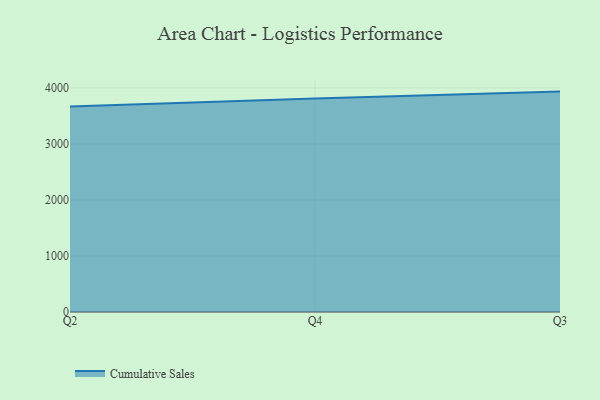
{"axis": {"x": "Quarter", "y": "Revenue (USD Million)"}, "legend": ["Cumulative Sales"], "data": [{"x": "Q2", "y": 3667.7, "type": "Cumulative Sales"}, {"x": "Q4", "y": 3810.2, "type": "Cumulative Sales"}, {"x": "Q3", "y": 3934.3, "type": "Cumulative Sales"}]}